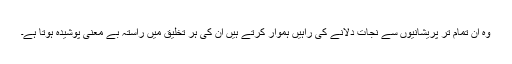
وہ ان تمام تر پریشانیوں سے نجات دلانے کی راہیں ہموار کرتے ہیں ان کی ہر تخلیق میں راستہ بے معنی پوشیدہ ہوتا ہے۔